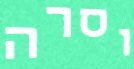
וסרה